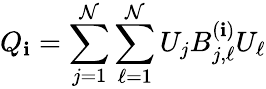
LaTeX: Q_{\mathbf{i}}=\sum_{j=1}^{\mathcal{N}}\sum_{\ell=1}^{\mathcal{N}}U_{j}B_{j,\ell}^{(\mathbf{i})}U_{\ell}